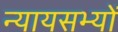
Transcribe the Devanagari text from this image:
न्यायसभ्यों